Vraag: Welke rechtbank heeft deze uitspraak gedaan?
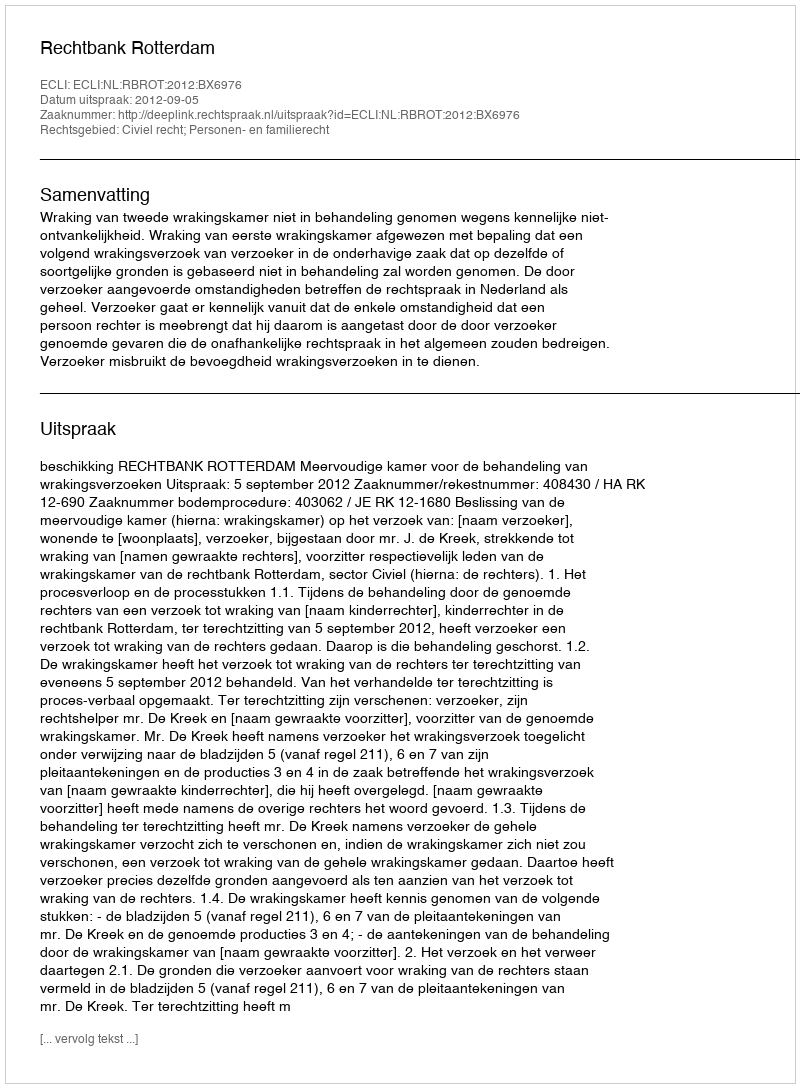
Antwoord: Rechtbank Rotterdam